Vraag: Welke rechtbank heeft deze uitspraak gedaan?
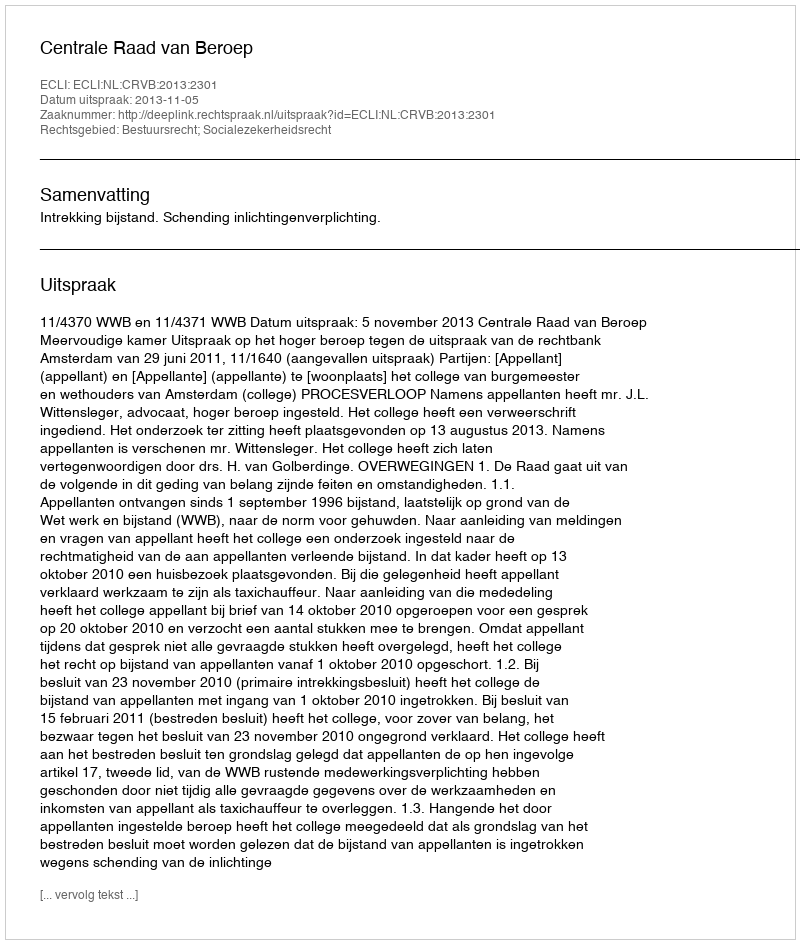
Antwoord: Centrale Raad van Beroep